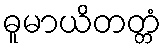
ဓူမာယိတတ္တံ